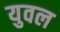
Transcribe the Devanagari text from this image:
युवल